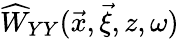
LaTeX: \widehat{W}_{YY}(\vec{x},\vec{\xi},z,\omega)